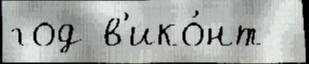
год в'ико́нт